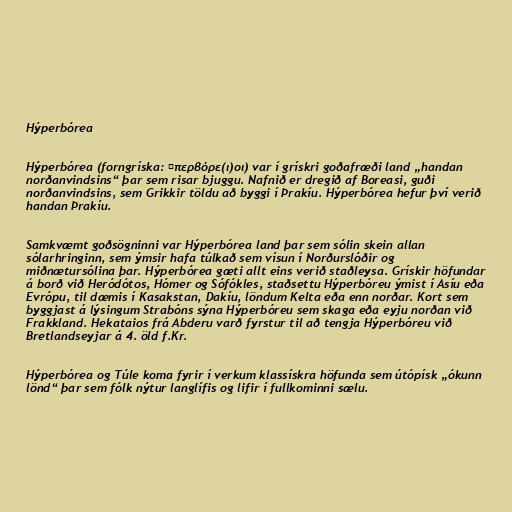
Hýperbórea

Hýperbórea (forngríska: Ὑπερβόρε(ι)οι) var í grískri goðafræði land „handan
norðanvindsins“ þar sem risar bjuggu. Nafnið er dregið af Boreasi, guði
norðanvindsins, sem Grikkir töldu að byggi í Þrakíu. Hýperbórea hefur því verið
handan Þrakíu.

Samkvæmt goðsögninni var Hýperbórea land þar sem sólin skein allan
sólarhringinn, sem ýmsir hafa túlkað sem vísun í Norðurslóðir og
miðnætursólina þar. Hýperbórea gæti allt eins verið staðleysa. Grískir höfundar
á borð við Heródótos, Hómer og Sófókles, staðsettu Hýperbóreu ýmist í Asíu eða
Evrópu, til dæmis í Kasakstan, Dakíu, löndum Kelta eða enn norðar. Kort sem
byggjast á lýsingum Strabóns sýna Hýperbóreu sem skaga eða eyju norðan við
Frakkland. Hekataios frá Abderu varð fyrstur til að tengja Hýperbóreu við
Bretlandseyjar á 4. öld f.Kr.

Hýperbórea og Túle koma fyrir í verkum klassískra höfunda sem útópísk „ókunn
lönd“ þar sem fólk nýtur langlífis og lifir í fullkominni sælu.